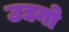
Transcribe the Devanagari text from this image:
उद्यनो